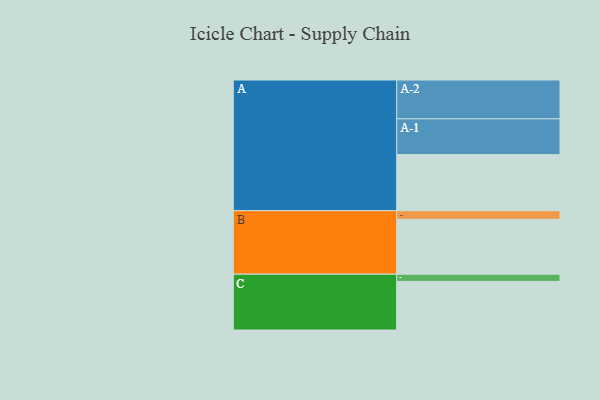
{"axis": {"x": "Segment", "y": "Value"}, "legend": ["", "A", "B", "C"], "data": [{"x": "A", "y": 429, "type": ""}, {"x": "B", "y": 420, "type": ""}, {"x": "C", "y": 372, "type": ""}, {"x": "A-1", "y": 274, "type": "A"}, {"x": "A-2", "y": 297, "type": "A"}, {"x": "B-1", "y": 66, "type": "B"}, {"x": "C-1", "y": 55, "type": "C"}]}